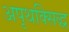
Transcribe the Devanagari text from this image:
अपृथक्सिद्ध